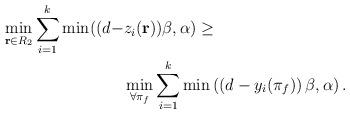
LaTeX: \begin{align*}\min_{\mathbf{r}\in R_2}\sum_{i=1}^{k}\min((d-&z_i(\mathbf{r}))\beta,\alpha)\geq \\&\min_{\forall \pi_f} \sum_{i=1}^{k}\min \left(\left(d-y_i(\pi_f)\right)\beta,\alpha\right).\end{align*}